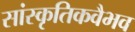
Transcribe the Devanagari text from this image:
सांस्कृतिकवैभव